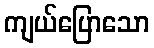
ကျယ်ပြောသော